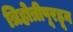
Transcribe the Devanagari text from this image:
त्रिहोत्रीपूरहून